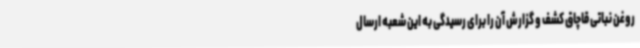
روغن نباتی قاچاق کشف و گزارش آن را برای رسیدگی به این شعبه ارسال